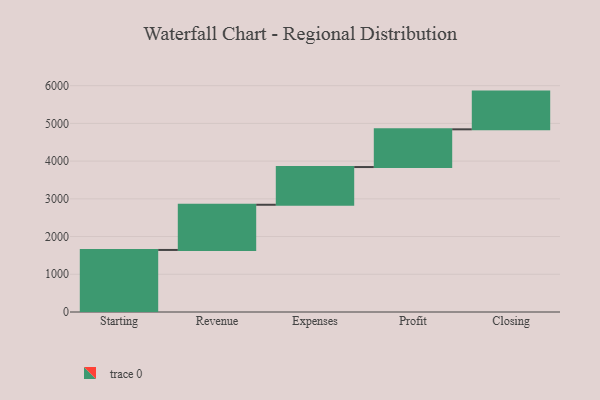
{"axis": {"x": "Step", "y": "Value"}, "legend": [""], "data": [{"x": "Starting", "y": 1645.0, "type": ""}, {"x": "Revenue", "y": 1198.0, "type": ""}, {"x": "Expenses", "y": 1000, "type": ""}, {"x": "Profit", "y": 1000, "type": ""}, {"x": "Closing", "y": 1000, "type": ""}]}